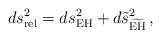
LaTeX: \begin{align*}ds_{\mathrm{rel}}^2=ds_{\mathrm{EH}}^2 +d\tilde{s}^2_{\widetilde{\mathrm{EH}}}\,, \end{align*}